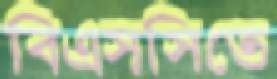
বিএসসিতে